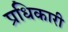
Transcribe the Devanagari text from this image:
प्रधिकारी